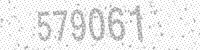
Solution: 579061